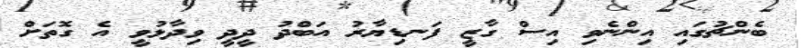
ބެންޗުގައި އިންނެވި އިސް ގާޒީ ފަނޑިޔާރު އަބްދު ދީދީ ވިދާޅުވީ އެ ގޮތަށް